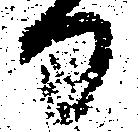
日